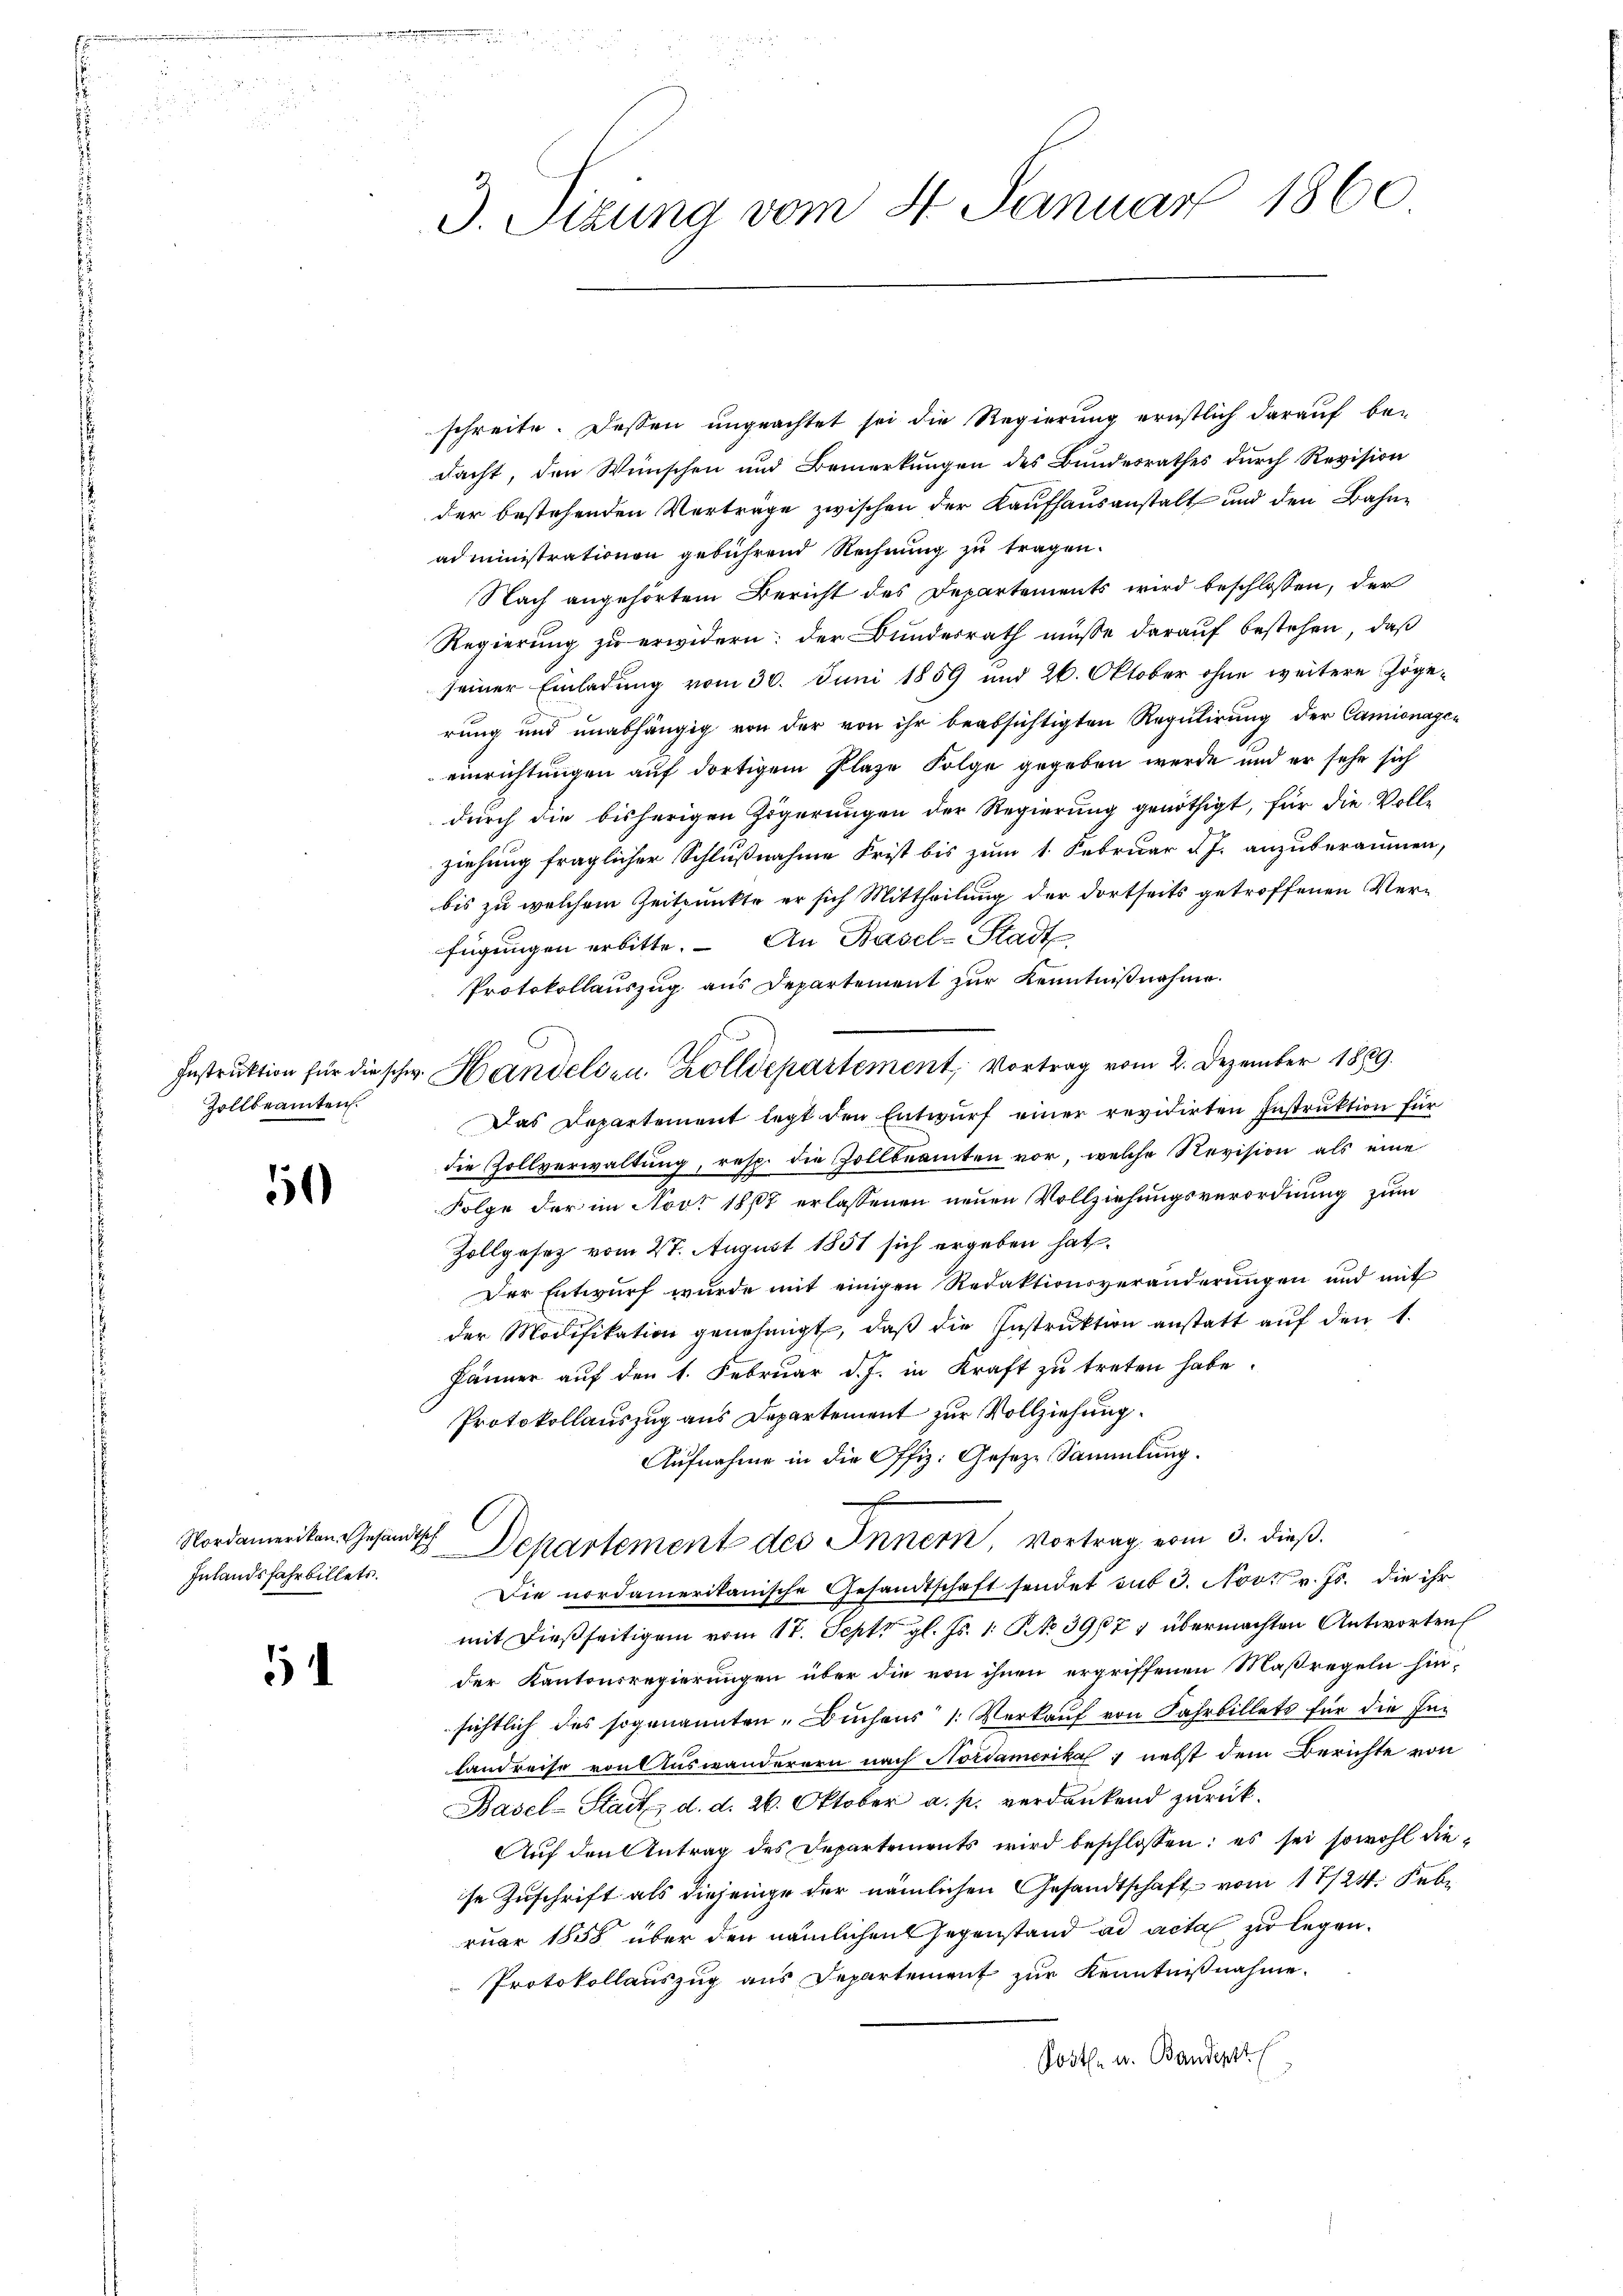
Zollbeamten.

)

Nordamerikan, Gesandtsch
Inlandsfahr billets.

5

3. Tizung vom 4. Januar 1860

schreite. Dessen ungeachtet sei die Regierung ernstlich darauf be-
dacht, den Wünschen und Bemerkungen des Bundesrathes durch Revision
der bestehenden Verträge zwischen der Kaŭfhaŭsanstalt und den Bahnadministrationen gebührend Rechnung zu tragen.
Nach angehörtem Bericht des Departements wird beschlossen, der
Regierung zu erwidern: der Bundesrath müsse darauf bestehen, daß
seiner Einladung vom 30. Juni 1859 und 26. Oktober ohne weitere Zögerung und unabhängig von der von ihr beabsichtigten Regulirung der Camionagen
einrichtungen auf dortigem Plaze Folge gegeben werde und er sehe sich
durch die bisherigen Zögerungen der Regierung genöthigt, für die Voll-
ziehung fraglicher Schlußnahme Frist bis zum 1. Februar d. J. anzuberaumen,
bis zu welchem Zeitpunkte er sich Mittheilung der dortseits getroffenen Verfügungen erbitte. An Basel-Stadt
Protokollauszug aus Departement zur Kenntnißnahme.
Instruktion für die schw. Handelsen Zolldepartement, Vortrag vom 2. Dezember 1889.
Das Departement legt den Entwurf einer revidirten Instruktion für
die Zollverwaltung, resp. die Zollbeamten vor, welche Revision als eine
Folge der im Nov. 1867 erlassenen neuen Vollziehungsverordnung zum
Zollgasez vom 27. August 1851 sich ergeben hat.
Der Entwurf wurde mit einigen Redaktionsveränderungen und mit
der Modifikation genehmigt, daß die Instruktion anstatt auf den 1.
Jänner auf den 1. Februar d. J. in Kraft zu treten habe.
Protokollauszug aus Departement zur Vollziehung
Aufnahme in die Offiz. Gesetze Sammlung.
F
Departement des Innern, Vortrag vom 3. dieß.
Die nordamerikanische Gesandtschaft sendet sub 3. Nov. v. Js. die ihr
mit dießseitigen vom 17. Sept gl. Js. 1. R. 3907 übermachten Antworten
der Kantonsregierungen über die von ihnen ergriffenen Maßregeln hin-
sichtlich des sogenannten Buchens 1. Verkauf von Fahrbillets für die Inlandreise von Auswanderern nach Nordamerika 4 nebst dem Berichte von
Basel-Stadt d. d. 26. Oktober a. p. verdankend zurück.
Auf den Antrag des Departements wird beschlossen: es sei sowohl diese Zuschrift als diejenige der nämlichen Gesandtschaft vom 17/24. Febr
ruar 1858 über den nämlichen Gegenstand ad acta zu legen.
Protokollauszug aus Departement zur Kenntnißnahme.
Post- u. Bandert